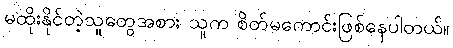
မထိုးနိုင်တဲ့သူတွေအစား သူက စိတ်မကောင်းဖြစ်နေပါတယ်။